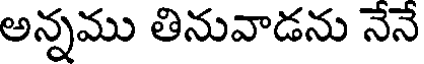
అన్నము తినువాడను నేనే